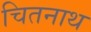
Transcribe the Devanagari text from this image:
चितनाथ